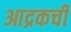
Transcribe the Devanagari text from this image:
आद्रकची